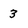
Character: 3